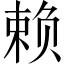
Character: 赖